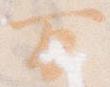
万